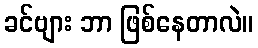
ခင်ဗျား ဘာ ဖြစ်နေတာလဲ။